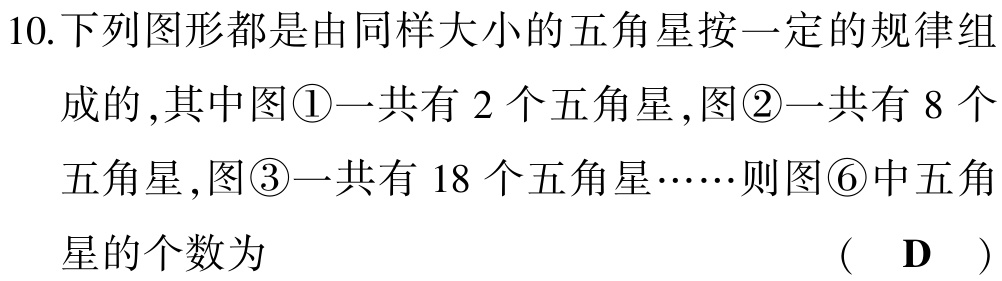
10.下列图形都是由同样大小的五角星按一定的规律组成的,其中图\textcircled{1}一共有$2$个五角星,图\textcircled{2}一共有$8$个五角星,图\textcircled{3}一共有$18$个五角星……则图\textcircled{6}中五角星的个数为 （ D ）